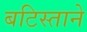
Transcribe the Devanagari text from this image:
बटिस्ताने